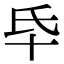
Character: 氒